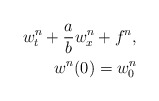
\begin{align*} w_{t}^{n}+\frac{a}{b}w_{x}^{n}+f^n,\\ w^n(0)=w_{0}^{n}\end{align*}